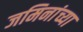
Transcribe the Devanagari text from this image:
जमिनांच्या